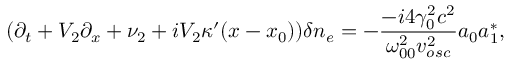
( \partial _ { t } + V _ { 2 } \partial _ { x } + \nu _ { 2 } + i V _ { 2 } \kappa ^ { \prime } ( x - x _ { 0 } ) ) \delta n _ { e } = - \frac { - i 4 \gamma _ { 0 } ^ { 2 } c ^ { 2 } } { \omega _ { 0 0 } ^ { 2 } v _ { o s c } ^ { 2 } } a _ { 0 } a _ { 1 } ^ { \ast } ,